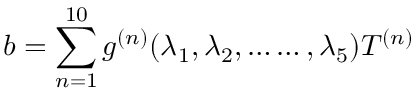
b = \sum _ { n = 1 } ^ { 1 0 } g ^ { ( n ) } ( \lambda _ { 1 } , \lambda _ { 2 } , \ldots \ldots , \lambda _ { 5 } ) T ^ { ( n ) }